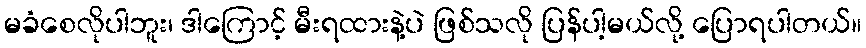
မခံစေလိုပါဘူး၊ ဒါကြောင့် မီးရထားနဲ့ပဲ ဖြစ်သလို ပြန်ပါ့မယ်လို့ ပြောရပါတယ်။